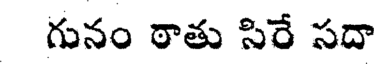
గునం ఠాతు సిరే సదా